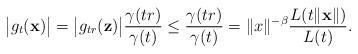
LaTeX: \begin{align*}\bigl|g_t(\mathbf{x})\bigr| = \bigl|g_{tr}(\mathbf{z})\bigr|\frac{\gamma(tr)}{\gamma(t)} \leq\frac{\gamma(tr)}{\gamma(t)} = \|x\|^{-\beta}\frac{L(t\|\mathbf{x}\|)}{L(t)}.\end{align*}